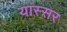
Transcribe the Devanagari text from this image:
यास्सर